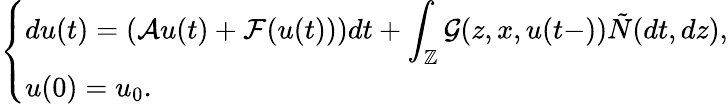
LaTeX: \left\{ \begin{array}{ll}{\displaystyle du(t)=\left(\mathcal{A}u(t)+\mathcal{F}(u(t))\right)dt+\int_{\mathbb{Z}}\mathcal{G}(z,x,u(t-))\tilde{N}(dt,dz),}\\ {u(0)=u_{0}.}\end{array}\right.